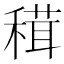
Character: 穁